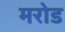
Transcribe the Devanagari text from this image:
मरोड